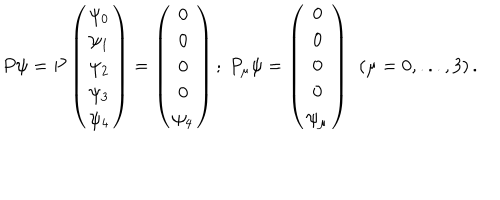
LaTeX: P \psi = P \left( \begin{array} { c } { { \psi _ { 0 } } } \\ { { \psi _ { 1 } } } \\ { { \psi _ { 2 } } } \\ { { \psi _ { 3 } } } \\ { { \psi _ { 4 } } } \\ \end{array} \right) = \left( \begin{array} { c } { { 0 } } \\ { { 0 } } \\ { { 0 } } \\ { { 0 } } \\ { { \psi _ { 4 } } } \\ \end{array} \right) ; \ P _ { \mu } \psi = \left( \begin{array} { c } { { 0 } } \\ { { 0 } } \\ { { 0 } } \\ { { 0 } } \\ { { \psi _ { \mu } } } \\ \end{array} \right) \ \left( \mu = 0 , . . . , 3 \right) .